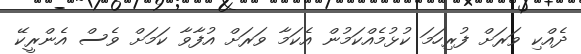
ދެއްކި ވަރަށް ފުރިހަމަ ކުޅުމެއްކަމުން އެކަމާ ވަރަށް އުފާވާ ކަމަށް ވެސް އެންރީކޭ